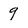
Character: 9